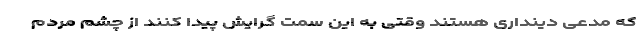
که مدعی دینداری هستند وقتی به این سمت گرایش پیدا کنند از چشم مردم